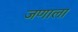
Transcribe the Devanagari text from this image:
जणाला